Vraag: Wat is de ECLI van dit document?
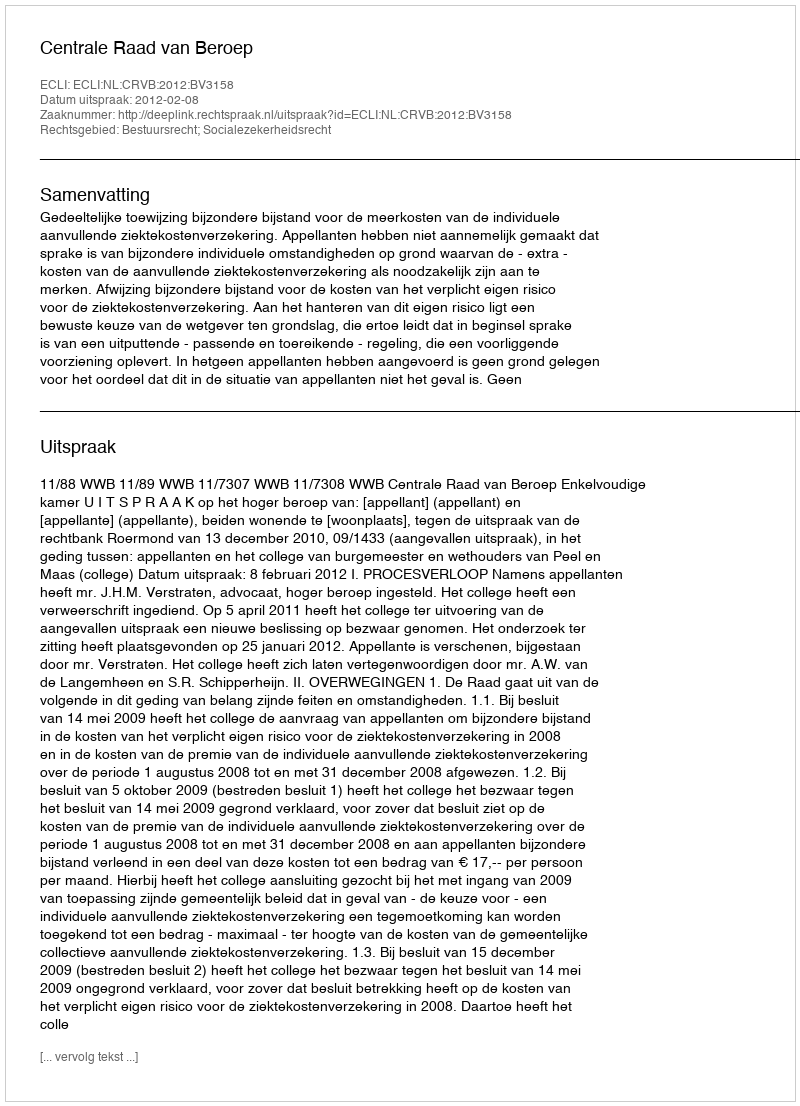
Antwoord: ECLI:NL:CRVB:2012:BV3158